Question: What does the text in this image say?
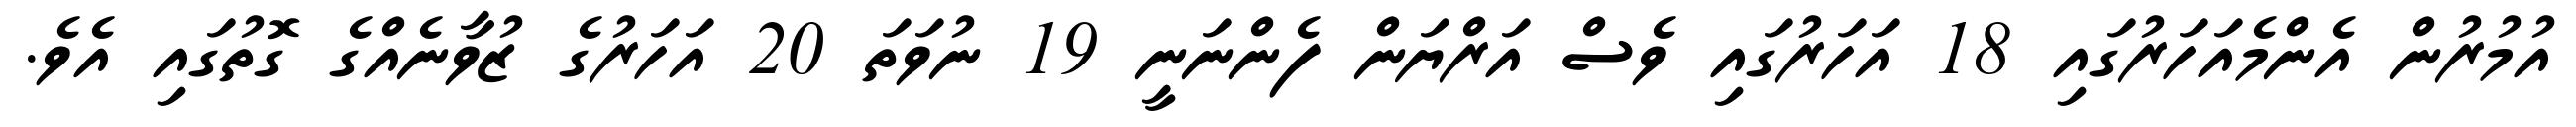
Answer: އުމުރުން އެންމެއަހަރުގައި 18 އަހަރުގައި ވެސް އަރްޔަން ފެންނަނީ 19 ނުވަތަ 20 އަހަރުގެ ޒުވާނެއްގެ ގޮތުގައި އެވެ.